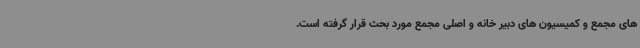
های مجمع و کمیسیون های دبیر خانه و اصلی مجمع مورد بحث قرار گرفته است.